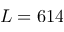
L = 6 1 4